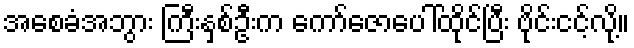
အစေခံအဘွား ကြီးနှစ်ဦးက ကော်ဇောပေါ်ထိုင်ပြီး ဗိုင်းငင့်လို့။